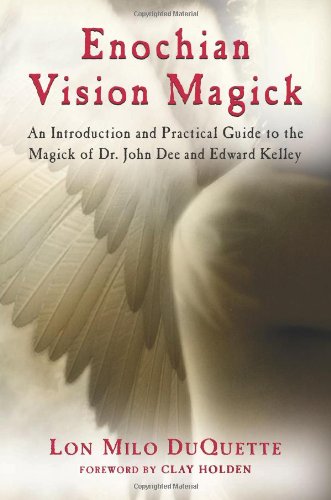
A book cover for Enochian Vision Magick: An Introduction and Practical Guide to the Magick of Dr. John Dee and Edward Kelley; Lon Milo DuQuette; Religion & Spirituality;